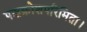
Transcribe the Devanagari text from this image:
पञ्चक्रोशपरिमिता।